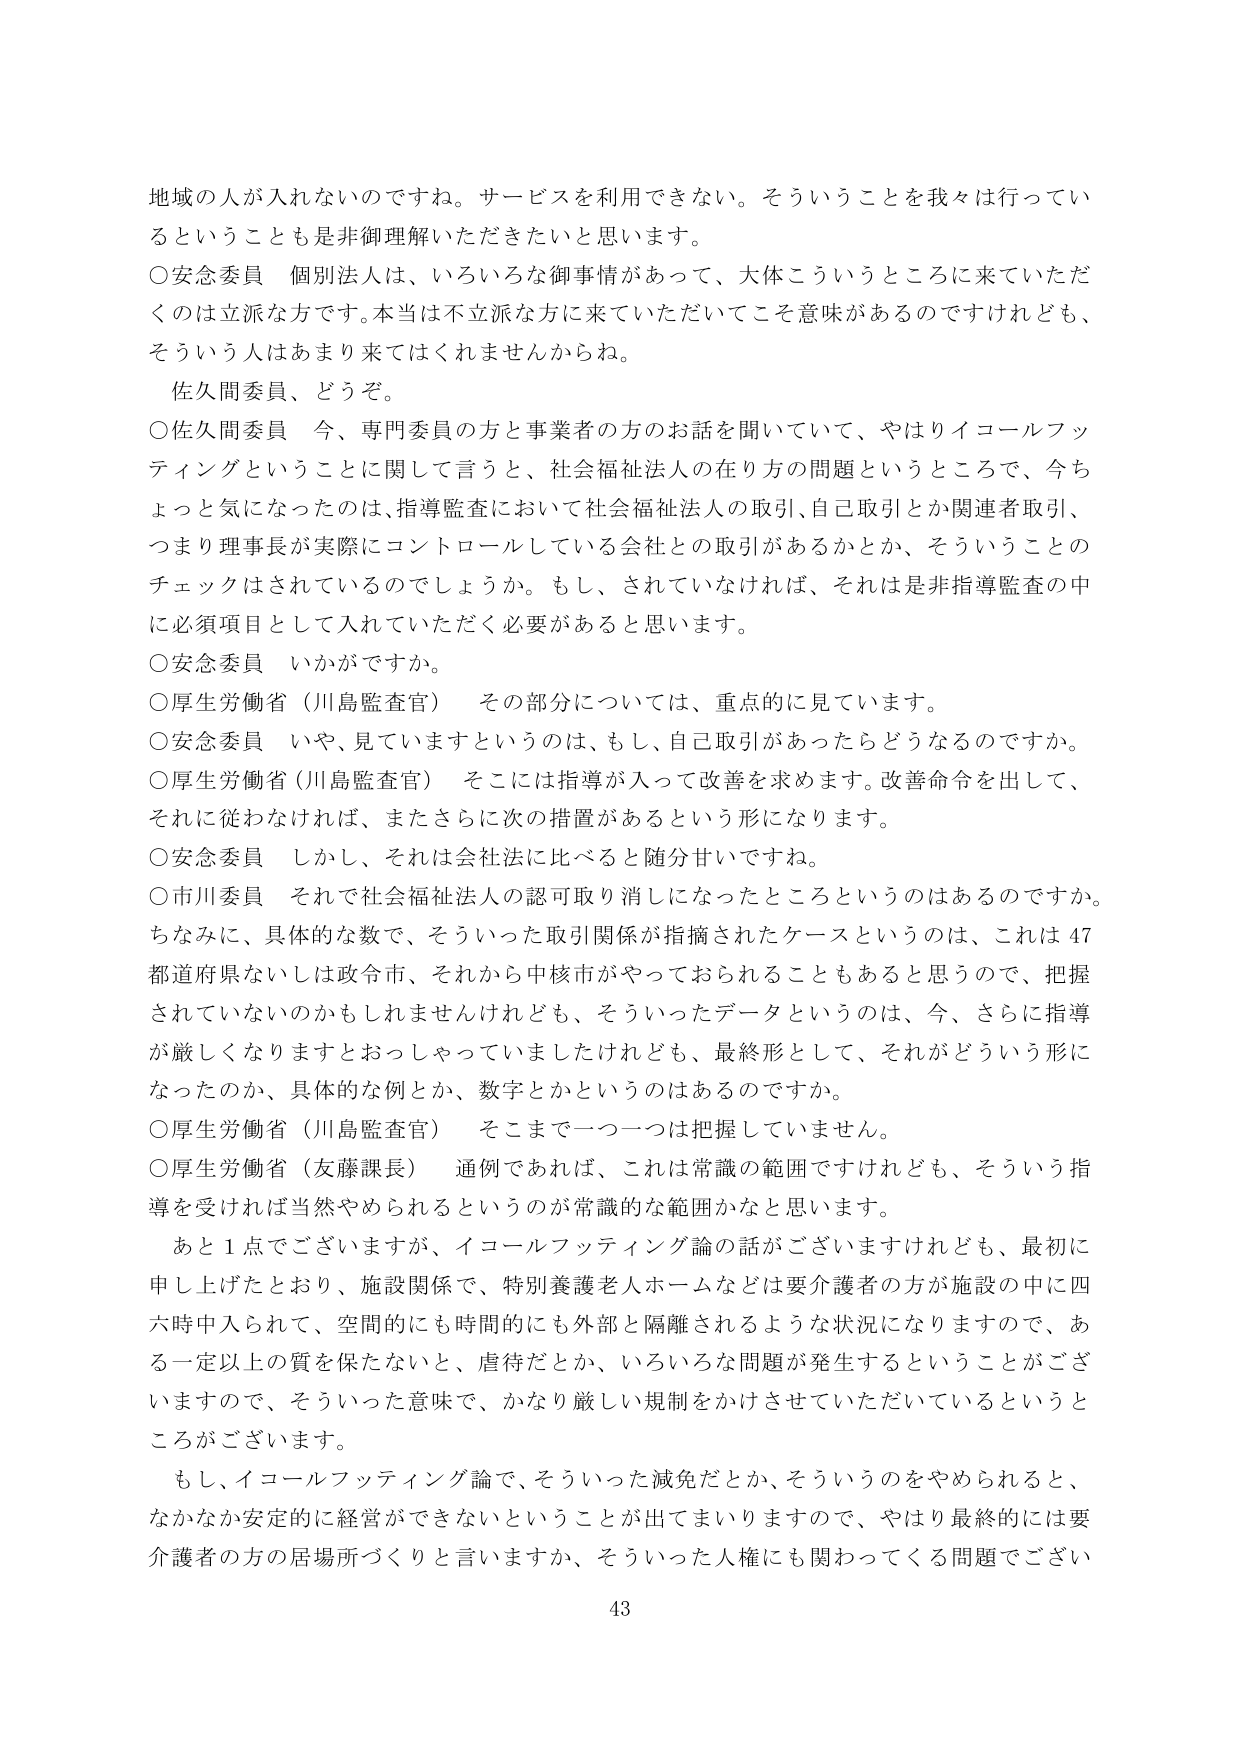
地域の人が入れないのですね。サービスを利用できない。そういうことを我々は行っているということも是非御理解いただきたいと思います。

○安念委員　個別法人は、いろいろな御事情があって、大体こういうところに来ていただくのは立派な方です。本当は不立派な方に来ていただいてこそ意味があるのですけれども、そういう人はあまり来てはくれませんからね。

佐久間委員、どうぞ。

○佐久間委員　今、専門委員の方と事業者の方のお話を聞いていて、やはりイコールフッティングということに関して言うと、社会福祉法人の在り方の問題というところで、今ちょっと気になったのは、指導監査において社会福祉法人の取引、自己取引とか関連者取引、つまり理事長が実際にコントロールしている会社との取引があるかとか、そういうことのチェックはされているのでしょうか。もし、されていなければ、それは是非指導監査の中に必須項目として入れていただく必要があると思います。

○安念委員　いかがですか。

○厚生労働省（川島監査官）　その部分については、重点的に見ています。

○安念委員　いや、見ていますというのは、もし、自己取引があったらどうなるのですか。

○厚生労働省（川島監査官）　そこには指導が入って改善を求めます。改善命令を出して、それに従わなければ、またさらに次の措置があるという形になります。

○安念委員　しかし、それは会社法に比べると随分甘いですね。

○市川委員　それで社会福祉法人の認可取り消しになったところというのはあるのですか。ちなみに、具体的な数で、そういった取引関係が指摘されたケースというのは、これは47都道府県ないしは政令市、それから中核市がやっておられることもあると思うので、把握されていないのかもしれませんが、そういったデータというのは、今、さらに指導が厳しくなりますとおっしゃっていましたけれども、最終形として、それがどういう形になったのか、具体的な例とか、数字とかというのはあるのですか。

○厚生労働省（川島監査官）　そこまで一つ一つは把握していません。

○厚生労働省（友藤課長）　通例であれば、これは常識の範囲ですけれども、そういう指導を受ければ当然やめられるというのが常識的な範囲かなと思います。

あと1点でございますが、イコールフッティング論の話がございますけれども、最初に申し上げたとおり、施設関係で、特別養護老人ホームなどは要介護者の方が施設の中に四六時中入れて、空間的にも時間的にも外部と隔離されるような状況になりますので、ある一定以上の質を保たないと、虐待だとか、いろいろな問題が発生するということがございますので、そういった意味で、かなり厳しい規制をかけさせていただいているというところがございます。

もし、イコールフッティング論で、そういった減免だとか、そういうのをやめられると、なかなか安定的に経営ができないということが出てまいりますので、やはり最終的には要介護者の方の居場所づくりと言いますか、そういった人権にも関わってくる問題でございます。

43